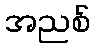
အညစ်